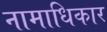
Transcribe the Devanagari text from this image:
नामाधिकार